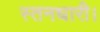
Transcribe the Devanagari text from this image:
स्तनधारी।